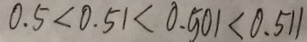
0 . 5 < 0 . 5 1 < 0 . 5 0 1 < 0 . 5 1 1